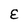
Character: E